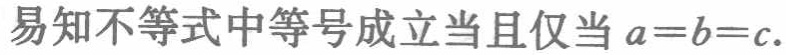
易知不等式中等号成立当且仅当 \(a = b = c\).